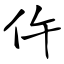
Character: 仵